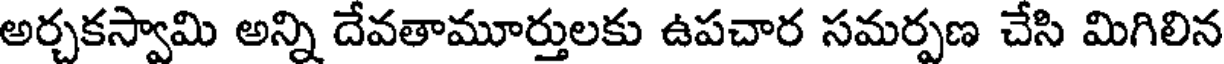
అర్చకస్వామి అన్ని దేవతామూర్తులకు ఉపచార సమర్పణ చేసి మిగిలిన